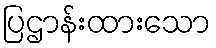
ပြဌာန်းထားသော